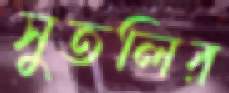
সুতলির